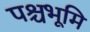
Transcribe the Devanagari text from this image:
पश्चभूमि